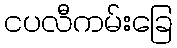
ငပလီကမ်းခြေ